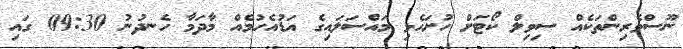
ނޫސްވެރިންތަކެއް ސިވިލް ކޯޓަށް ހުށަހެޅި މައްސަލައިގެ އަޑުއެހުމެއް މާދަމާ ހެނދުނު 09:30 ގައި